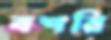
বশরি